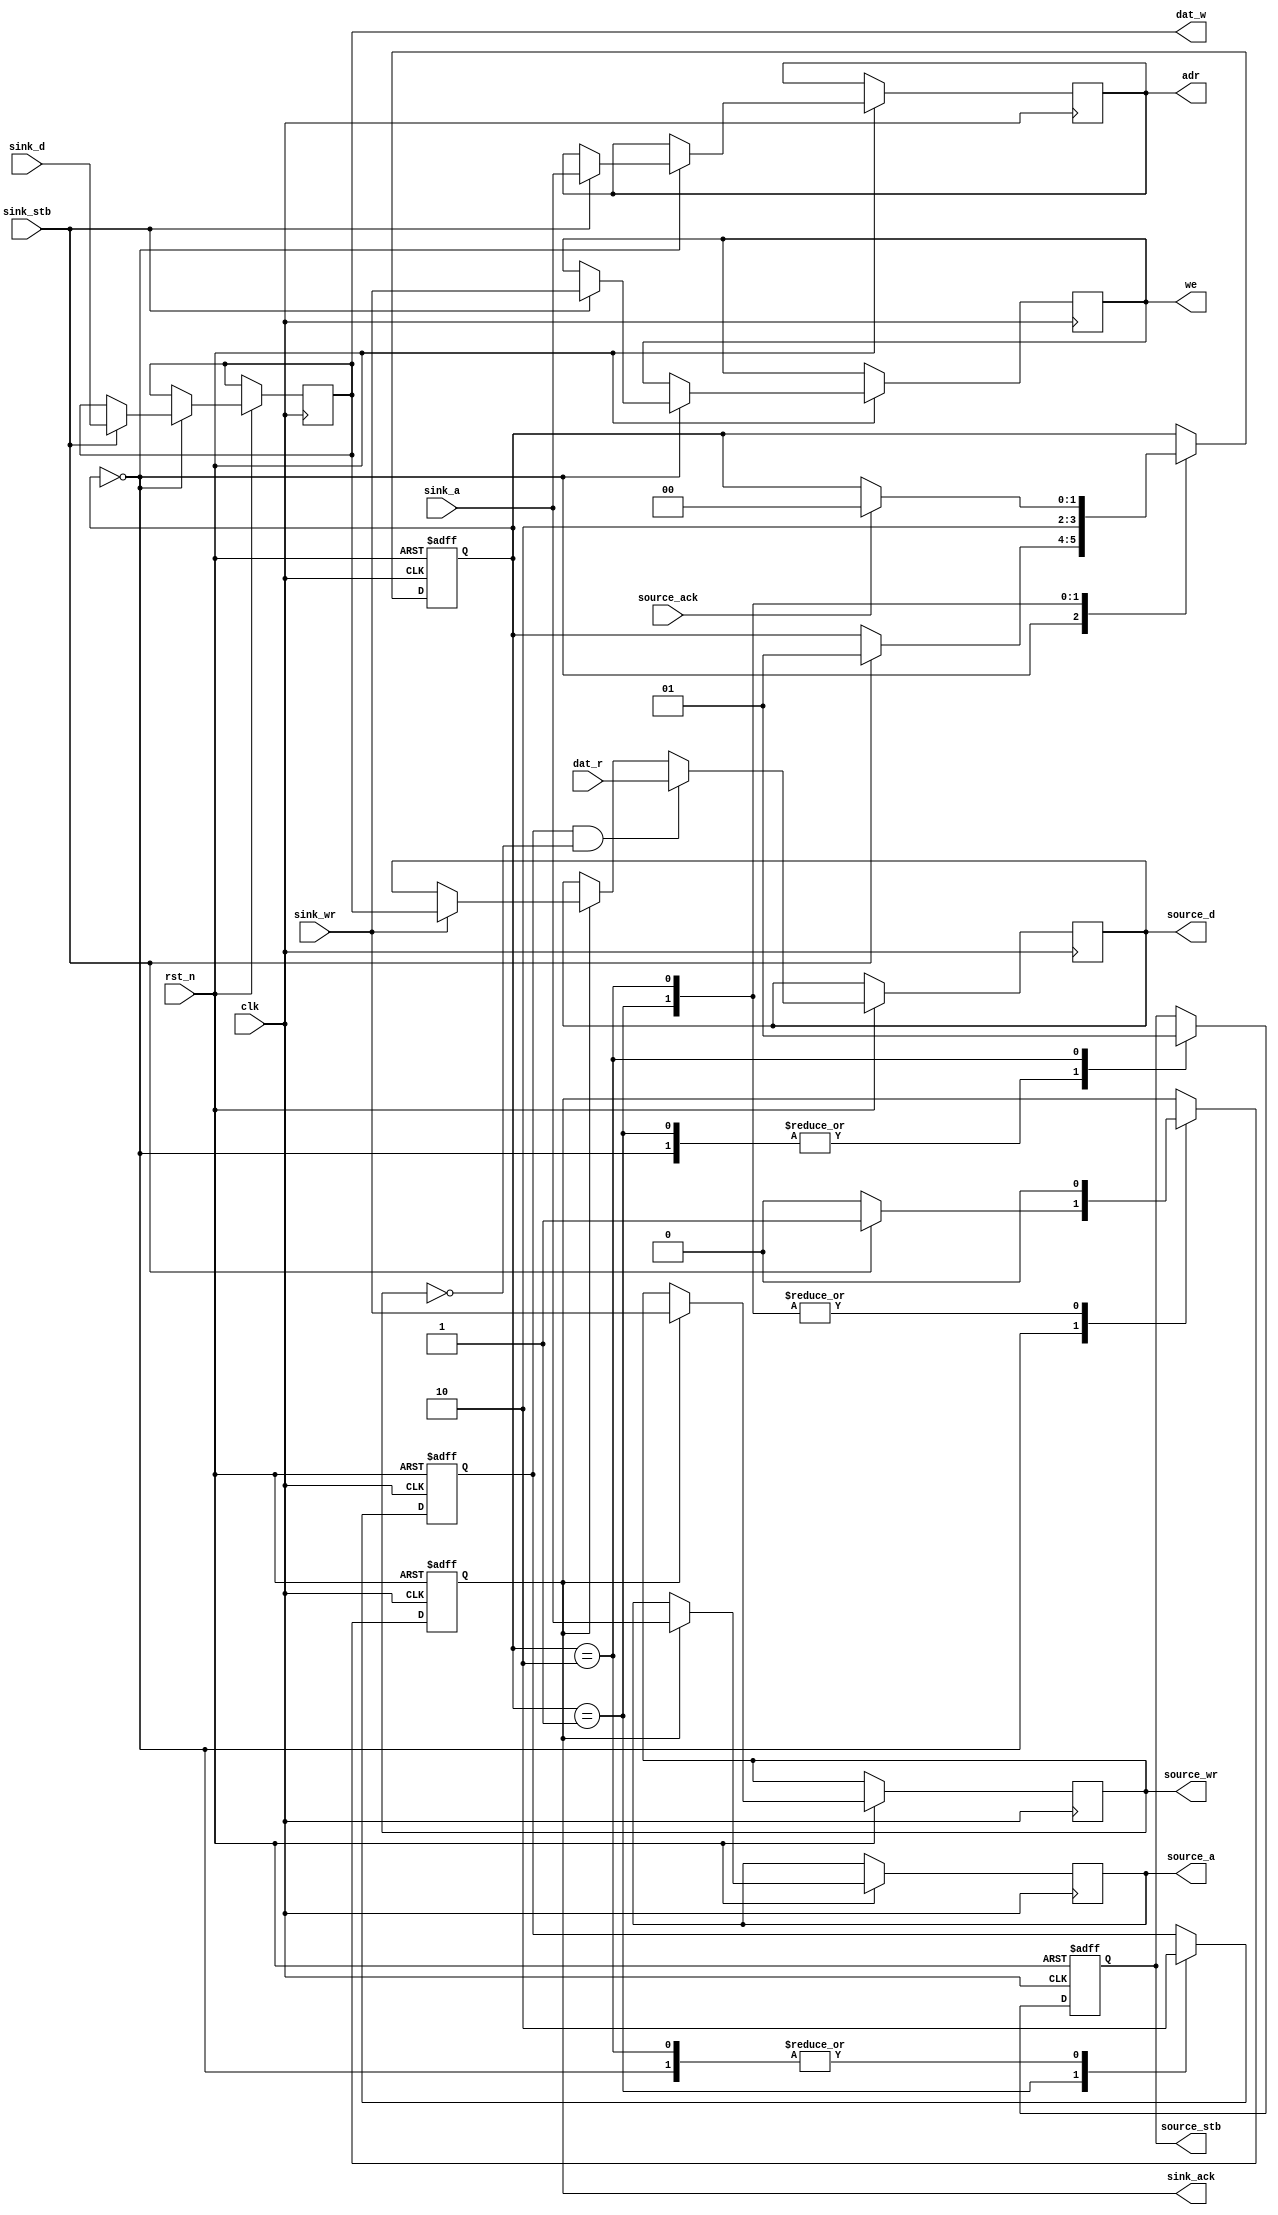
module bus_master(
	input			clk,
	input			rst_n,
	input			sink_stb,
	output reg	sink_ack,
	input			sink_wr,
	input			[13:0]sink_a,
	input			[7:0]sink_d,
	output reg	source_stb,
	input			source_ack,
	output reg	source_wr,
	output reg	[13:0]source_a,
	output reg	[7:0]source_d,
	
	output reg	[13:0]adr,
	output reg	we,
	output reg	[7:0]dat_w,
	input			[7:0]dat_r
);

//	input		sink_stb;
//	output	sink_ack;
//	input		sink_wr;
//	input		[13:0]sink_a;
//	input		[7:0]sink_d;
//	output	source_stb;
//	input		source_ack;
//	output	source_wr;
//	output	[13:0]source_a;
//	output	[7:0]source_d;
//	
//	output	[13:0]adr;
//	output	we;
//	output	[7:0]dat_w;
//	input		[7:0]dat_r;

	reg samp_comp;
	
	reg [1:0]fsm_state;
	
	parameter IDLE  = 3'b00;
	parameter READ  = 3'b01;
	parameter WAIT  = 3'b10;

	initial begin
		fsm_state = IDLE;
		sink_ack = 0;
		samp_comp = 0;
		source_stb = 0;
	end	
	
	always @(posedge clk or negedge rst_n) begin
		if (!rst_n) begin
			fsm_state <= IDLE;
			sink_ack <= 0;
			samp_comp <= 0;
			source_stb <= 0;
		end
		else begin
			if (sink_ack) begin
				source_a <= sink_a;
				source_wr <= sink_wr;
				if (sink_wr) begin
					source_d <= dat_w;
				end
			end
			
			if (samp_comp & !source_wr) begin
				source_d <= dat_r;
			end
			
			case (fsm_state)
				IDLE: begin
					sink_ack <= 0;
					samp_comp <= 0;
					source_stb <= 0;
					if (sink_stb) begin
						sink_ack <= 1;
						we <= sink_wr;
						adr <= sink_a;
						dat_w <= sink_d;
						fsm_state <= READ;
					end
				end
				READ: begin
					sink_ack <= 0;
					samp_comp <= 1;
					source_stb <= 0;
					fsm_state <= WAIT;
				end
				WAIT: begin
					sink_ack <= 0;
					samp_comp <= 0;
					source_stb <= 1;
					if (source_ack) begin
						fsm_state = IDLE;
					end
				end
			endcase
		end
	end
endmodule